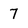
Character: 7